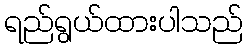
ရည်ရွယ်ထားပါသည်